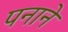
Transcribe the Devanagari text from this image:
पनाने